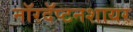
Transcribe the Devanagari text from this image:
नॉरदॅप्टनशायर